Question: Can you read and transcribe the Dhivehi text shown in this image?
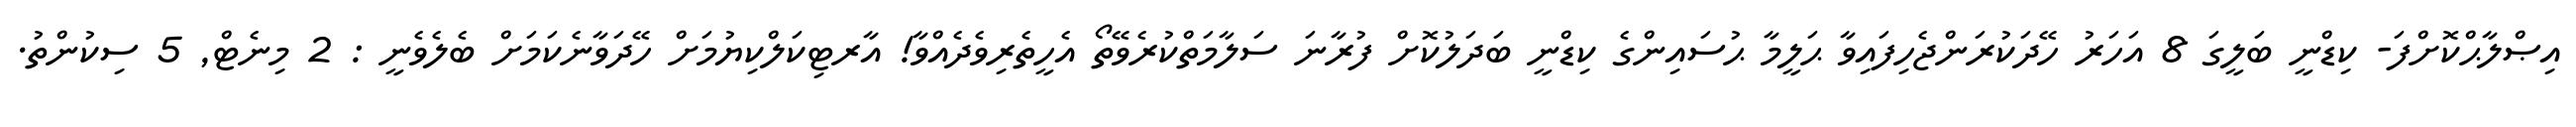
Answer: އިޞްލާޙްކޮށްފަ- ކިޑްނީ ބަލީގަ 8 އަހަރު ހޭދަކުރަންޖެހިފައިވާ ޙަލީމާ ޙުސައިންގެ ކިޑްނީ ބަދަލުކޮށް ފުރާނަ ސަލާމަތްކުރެވޭތޯ އެހީތެރިވެދެއްވާ! އާރޓިކަލްކިޔުމަށް ހޭދަވާނެކަމަށް ބެލެވެނީ : 2 މިނެޓް, 5 ސިކުންތު.